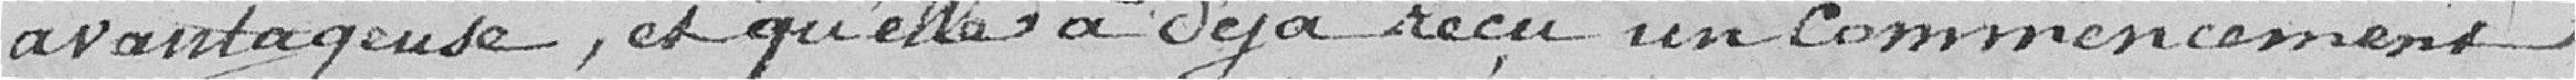
avantageuse, et qu'elle a déja reçu un commencement d"